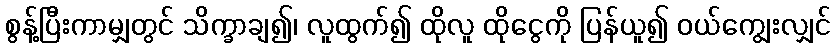
စွန့်ပြီးကာမျှတွင် သိက္ခာချ၍၊ လူထွက်၍ ထိုလူ ထိုငွေကို ပြန်ယူ၍ ဝယ်ကျွေးလျှင်